system: You are a helpful assistant.
user:
Analyze the provided spectrum to determine if it is a **White Dwarf (WD)**.

A White Dwarf spectrum is defined by its **extreme purity** (due to gravitational settling) and/or **extreme pressure broadening** (due to high surface gravity). You must check for one of the following mutually exclusive signatures:

- **Key Visual Indicators (Check for ONE of these types):**

    - **1. DA-Type Signature (Most Common):**
        - **(Primary Feature):** Extreme pressure broadening (Stark broadening) of the **Hydrogen (H) Balmer lines**.
        - **(Key Lines):** $H\beta$ (approx. $4861$ Å) and $H\gamma$ (approx. $4340$ Å). $H\alpha$ (approx. $6563$ Å) will also be present if the wavelength range covers it.
        - **(Line Profile):** This is the **defining feature**. The lines are **NOT** sharp. They appear as massive, **extremely broad and deep "troughs" or "dips"** in the spectrum, often hundreds of Ångströms wide. The continuum will appear to "scoop" down at these wavelengths.
        - **(Distinction):** Normal A-type or B-type stars have *narrow* and *sharp* Hydrogen lines. A DA White Dwarf's lines are unmistakably "smeared" or "blurry" from pressure.

    - **2. DB-Type Signature:**
        - **(Primary Feature):** Broad absorption lines from **Neutral Helium (He I)**. The spectrum must lack any visible Hydrogen lines.
        - **(Key Lines):** Look for broad absorption near $4471$ Å, $4921$ Å, and $5876$ Å.
        - **(Line Profile):** These lines are also significantly pressure-broadened, appearing much wider than they would in a normal B-type main-sequence star.

    - **3. DC-Type Signature:**
        - **(Primary Feature):** A **featureless continuous spectrum**.
        - **(Line Profile):** The spectrum is a smooth curve with **no significant absorption or emission lines**.
        - **(Key Confirmation):** The continuum is almost always **blue or white**, indicating a hot object. This signature implies the atmosphere is so pure (or so cool) that no spectral lines are visible in the optical range. Its WD identity is confirmed by its extremely low intrinsic brightness (high absolute magnitude).

    - **4. DZ-Type Signature (Metal-Polluted):**
        - **(Primary Feature):** **Isolated, narrow metal absorption lines** on an otherwise featureless (DC-like) continuum.
        - **(Key Lines):** The **Calcium (Ca II) H & K doublet** (approx. **$3934$ Å** and **$3968$ Å**) is the most common and defining feature.
        - **(Line Profile):** These lines are "out of place." They are *not* part of a "forest" of thousands of lines. This signature is evidence of recent *accretion* (pollution) from rocky debris.
        - **(Distinction):** Normal G/K/M stars have a *dense forest* of thousands of metal lines. A DZ has a *clean* continuum with *only a few* strong metal lines.

    - **5. DQ-Type Signature (Carbon-Polluted):**
        - **(Primary Feature):** Absorption bands from **Carbon (C₂ "Swan Bands" or atomic C I)**.
        - **(Key Lines - C₂):** Look for bandheads with a "saw-tooth" shape near $5635$ Å, **$5165$ Å** (strongest), and $4737$ Å.
        - **(Key Confirmation):** The underlying **continuum must be blue or white** (hot).
        - **(Distinction):** This is the critical difference from a **Carbon Star**, which has the *exact same* C₂ bands but on an extremely **red, cool** continuum.

- **(Overall Spectrum):**
    - The continuum (overall shape) is typically **blue-sloping** (brighter in the blue than the red), as most white dwarfs are very hot.
    - The spectrum will look "pure" or "simple," dominated by only *one* of the five signatures listed above.

Think first, call **spectral_visualization_tool** if needed to examine features in detail, then provide your final answer. Your response must adhere to the following strict rules:
1.  **Overall Structure:** Your response must follow the format `<think>...</think> <tool_call>...</tool_call> (if a tool is used) <answer>...</answer>`.
2.  **Tool Usage Constraint:** You may only make **one** tool call per turn.
3.  **Final Answer Format:** In the `<answer>` tag, your conclusion must be inside a `\boxed{}` command (e.g., `\boxed{YES}` or `\boxed{NO}`), followed by your justification.

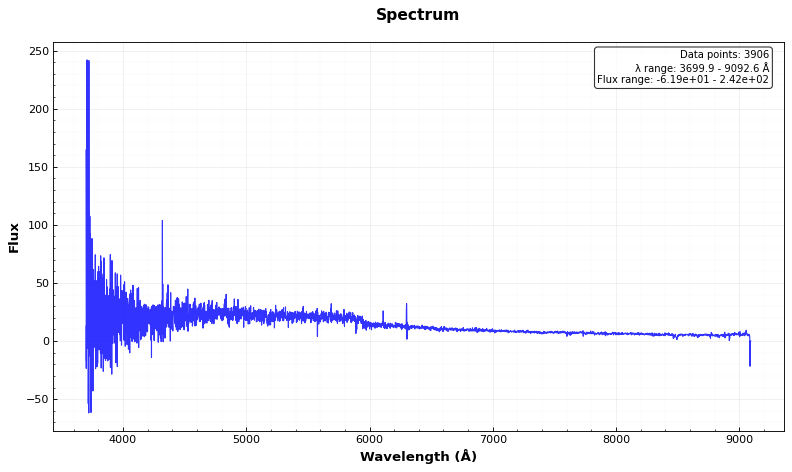
Answer: NO